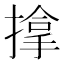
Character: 𢲡